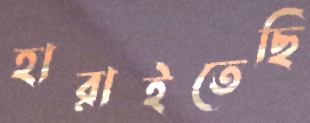
হারাইতেছি